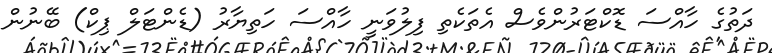
ދަތުގެ ހާއްސަ ޑޮކްޓަރުންވެސް އެތަކެތި ފިލުވަނީ ހާއްސަ ހަތިޔާރު (ޑެންޓަލް ޕިކް) ބޭނުން